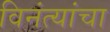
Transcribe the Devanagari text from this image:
विनंत्यांचा